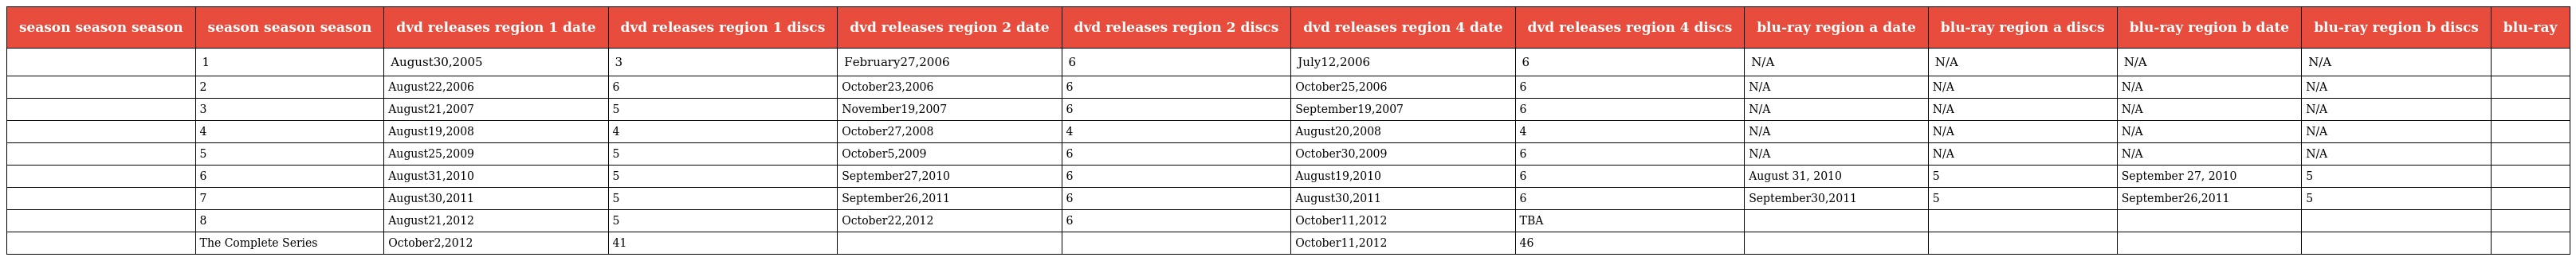
| season season season | season season season | dvd releases region 1 date | dvd releases region 1 discs | dvd releases region 2 date | dvd releases region 2 discs | dvd releases region 4 date | dvd releases region 4 discs | blu-ray region a date | blu-ray region a discs | blu-ray region b date | blu-ray region b discs | blu-ray |
 | --- | --- | --- | --- | --- | --- | --- | --- | --- | --- | --- | --- | --- |
 |  | 1 | August30,2005 | 3 | February27,2006 | 6 | July12,2006 | 6 | N/A | N/A | N/A | N/A |  |
 |  | 2 | August22,2006 | 6 | October23,2006 | 6 | October25,2006 | 6 | N/A | N/A | N/A | N/A |  |
 |  | 3 | August21,2007 | 5 | November19,2007 | 6 | September19,2007 | 6 | N/A | N/A | N/A | N/A |  |
 |  | 4 | August19,2008 | 4 | October27,2008 | 4 | August20,2008 | 4 | N/A | N/A | N/A | N/A |  |
 |  | 5 | August25,2009 | 5 | October5,2009 | 6 | October30,2009 | 6 | N/A | N/A | N/A | N/A |  |
 |  | 6 | August31,2010 | 5 | September27,2010 | 6 | August19,2010 | 6 | August 31, 2010 | 5 | September 27, 2010 | 5 |  |
 |  | 7 | August30,2011 | 5 | September26,2011 | 6 | August30,2011 | 6 | September30,2011 | 5 | September26,2011 | 5 |  |
 |  | 8 | August21,2012 | 5 | October22,2012 | 6 | October11,2012 | TBA |  |  |  |  |  |
 |  | The Complete Series | October2,2012 | 41 |  |  | October11,2012 | 46 |  |  |  |  |  |